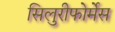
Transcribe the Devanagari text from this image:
सिलुरीफोर्मेस